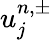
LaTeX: u_{j}^{n,\pm}